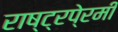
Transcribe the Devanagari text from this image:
राष्ट्रपे्रमी